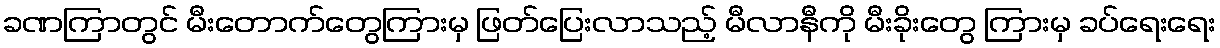
ခဏကြာတွင် မီးတောက်တွေကြားမှ ဖြတ်ပြေးလာသည့် မီလာနီကို မီးခိုးတွေ ကြားမှ ခပ်ရေးရေး